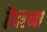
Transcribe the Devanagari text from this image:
हैदरच्या